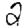
Digit: 2